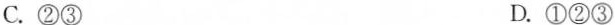
C.②③ D.①②